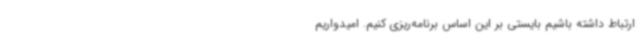
ارتباط داشته باشیم بایستی بر این اساس برنامه‌ریزی کنیم. امیدواریم